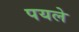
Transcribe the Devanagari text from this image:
पयले